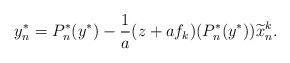
LaTeX: \begin{align*} y_n^* = P_n^*(y^*) - \frac{1}{a} (z + a f_k)(P_n^*(y^*)) \widetilde{x}^k_n. \end{align*}